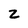
Character: z